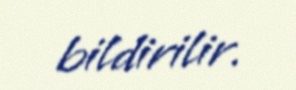
bildirilir.